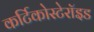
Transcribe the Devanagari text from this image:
कर्टिकोस्टेरॉइड